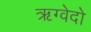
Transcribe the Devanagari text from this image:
ऋग्वेदो